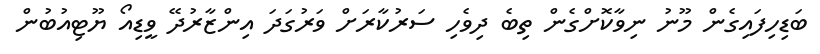
ބަޑިހިފައިގެން މޫނު ނިވާކޮށްގެން ތިބެ ދިވެހި ސަރުކާރަށް ވަރުގަދަ އިންޒާރުދޭ ވީޑިއޯ ޔޫޓިއުބުން